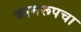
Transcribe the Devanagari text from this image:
कामरूपचा